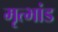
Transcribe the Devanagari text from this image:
मृत्भांड